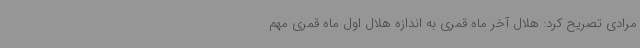
مرادی تصریح کرد: هلال آخر ماه قمری به اندازه هلال اول ماه قمری مهم